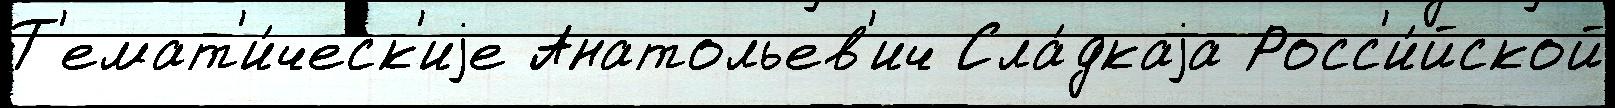
Т'емат'и́ческ'иjе Анатольев'ич Сла́дкаjа Росс'и́йской